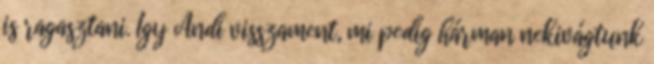
is ragasztani. Így Andi visszament, mi pedig hárman nekivágtunk